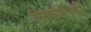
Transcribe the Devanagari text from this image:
सिकोनिडी